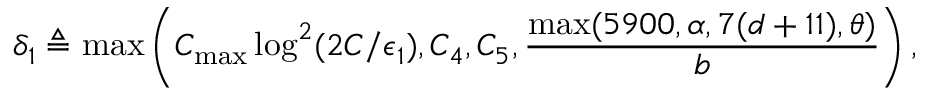
\delta _ { 1 } \triangleq \operatorname* { m a x } \left( C _ { \mathrm { m a x } } \log ^ { 2 } ( 2 C / \epsilon _ { 1 } ) , C _ { 4 } , C _ { 5 } , \frac { \operatorname* { m a x } ( 5 9 0 0 , \alpha , 7 ( d + 1 1 ) , \theta ) } { b } \right) ,